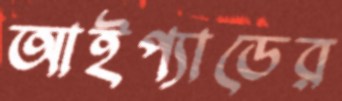
আইপ্যাডের